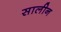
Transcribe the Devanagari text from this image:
सालीन